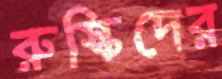
রুস্কিদের